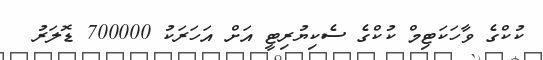
ކުކްގެ ވާހަކަޓިމް ކުކްގެ ސެކިޔުރިޓީ އަށް އަހަރަކު 700000 ޑޮލަރު